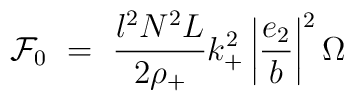
{\cal{F}}_0~=~ \frac{l^2 N^2 L}{2\rho_+}k_+^2\left|\frac{e_2}{b}\right|^2\Omega